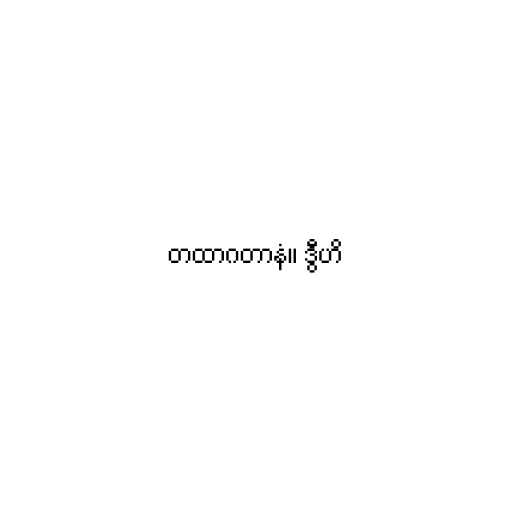
တထာဂတာနံ။ ဒွီဟိ